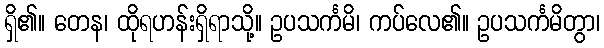
ရှိ၏။ တေန၊ ထိုရဟန်းရှိရာသို့။ ဥပသင်္ကမိ၊ ကပ်လေ၏။ ဥပသင်္ကမိတွာ၊